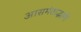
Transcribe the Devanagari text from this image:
आसमंताद्भागीं